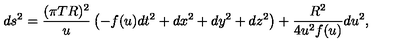
d s ^ { 2 } = \frac { ( \pi T R ) ^ { 2 } } u \left( - f ( u ) d t ^ { 2 } + d x ^ { 2 } + d y ^ { 2 } + d z ^ { 2 } \right) + { \frac { R ^ { 2 } } { 4 u ^ { 2 } f ( u ) } } d u ^ { 2 } ,